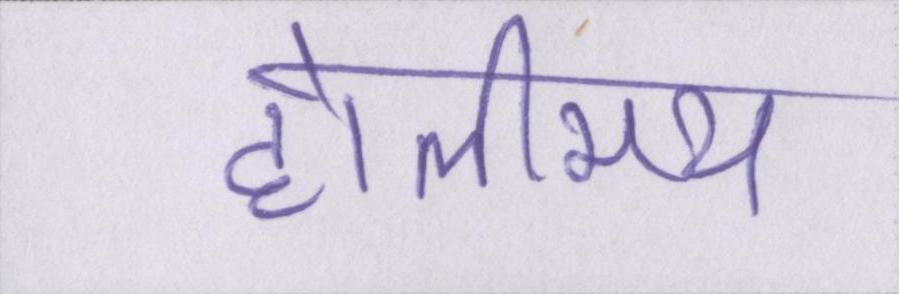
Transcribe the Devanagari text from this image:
होलीमय